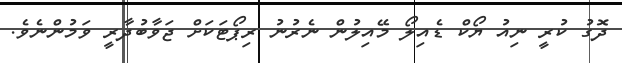
ދޮގު ކުރީ ނިއު ޔޯކް ޑެއިލޯ މޭއިލުން ނެރުނު ރިޕޯޓަކަށް ޖަވާބުދާރީ ވަމުންނެވެ.